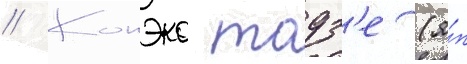
// Конэко тодз'е (я́п